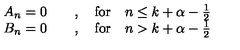
\begin{array} { c } { A _ { n } = 0 \qquad , \quad \mathrm { f o r } \quad n \leq k + \alpha - \frac { 1 } { 2 } } \\ { B _ { n } = 0 \qquad , \quad \mathrm { f o r } \quad n > k + \alpha - \frac { 1 } { 2 } } \\ \end{array}